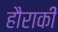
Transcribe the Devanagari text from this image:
हौराकी